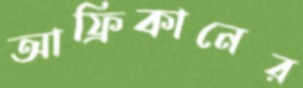
আফ্রিকানের